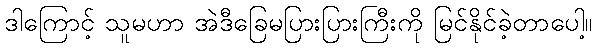
ဒါကြောင့် သူမဟာ အဲဒီခြေမပြားပြားကြီးကို မြင်နိုင်ခဲ့တာပေါ့။